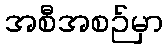
အစီအစဉ်မှာ